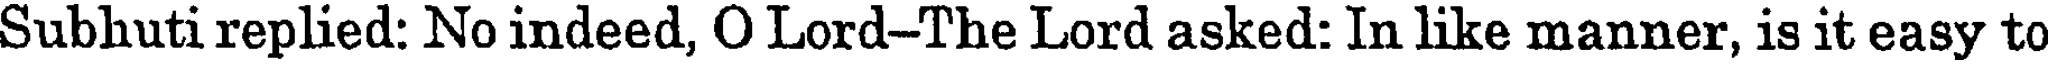
Subhuti replied: No indeed, O Lord-The Lord asked: In like manner, is it easy to